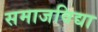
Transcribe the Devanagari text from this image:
समाजविद्या